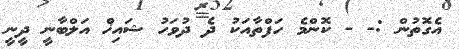
އެގޮތުން :- - ކޮންމެ ހަފްތާއަކު ދެ ދުވަހު ޝައިޚް އަލްބާނީ ދީނީ